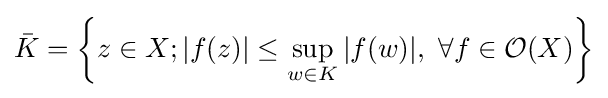
{\bar {K}}=\left\{z\in X;|f(z)|\leq \sup _{w\in K}|f(w)|,\ \forall f\in {\mathcal {O}}(X)\right\}